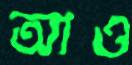
আও